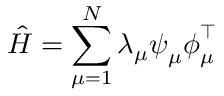
\hat { H } = \sum _ { \mu = 1 } ^ { N } \lambda _ { \mu } \boldsymbol { \psi } _ { \mu } \boldsymbol { \phi } _ { \mu } ^ { \intercal }